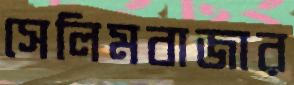
সেলিমবাজার